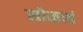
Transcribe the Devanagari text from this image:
सोळावं